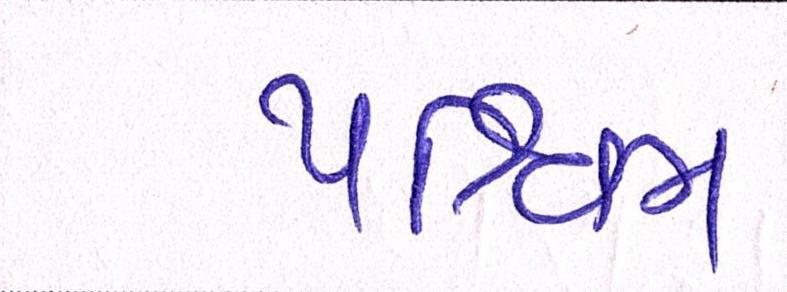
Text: પશ્ચિમ